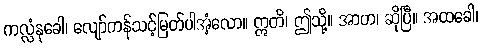
ကလ္လံနုခေါ၊ လျော်ကန်သင့်မြတ်ပါအံ့လော။ ဣတိ၊ ဤသို့။ အာဟ၊ ဆိုပြီ။ အထခေါ၊